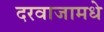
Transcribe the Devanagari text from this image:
दरवाजामधे